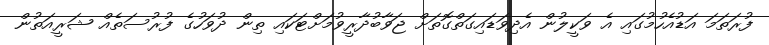
ފުރަތަމަ އަޑުއެހުމުގައި އެ ވަކީލުން އެދިވަޑައިގަތްގޮތަށް ޖަވާބުދާރީވުމަށްޓަކައި ތިން ދުވަހުގެ ފުރުސަތެއް ޝަރީއަތުން